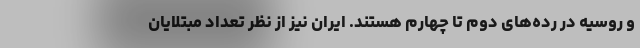
و روسیه در رده‌های دوم تا چهارم هستند. ایران نیز از نظر تعداد مبتلایان